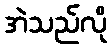
အဲသည်လို